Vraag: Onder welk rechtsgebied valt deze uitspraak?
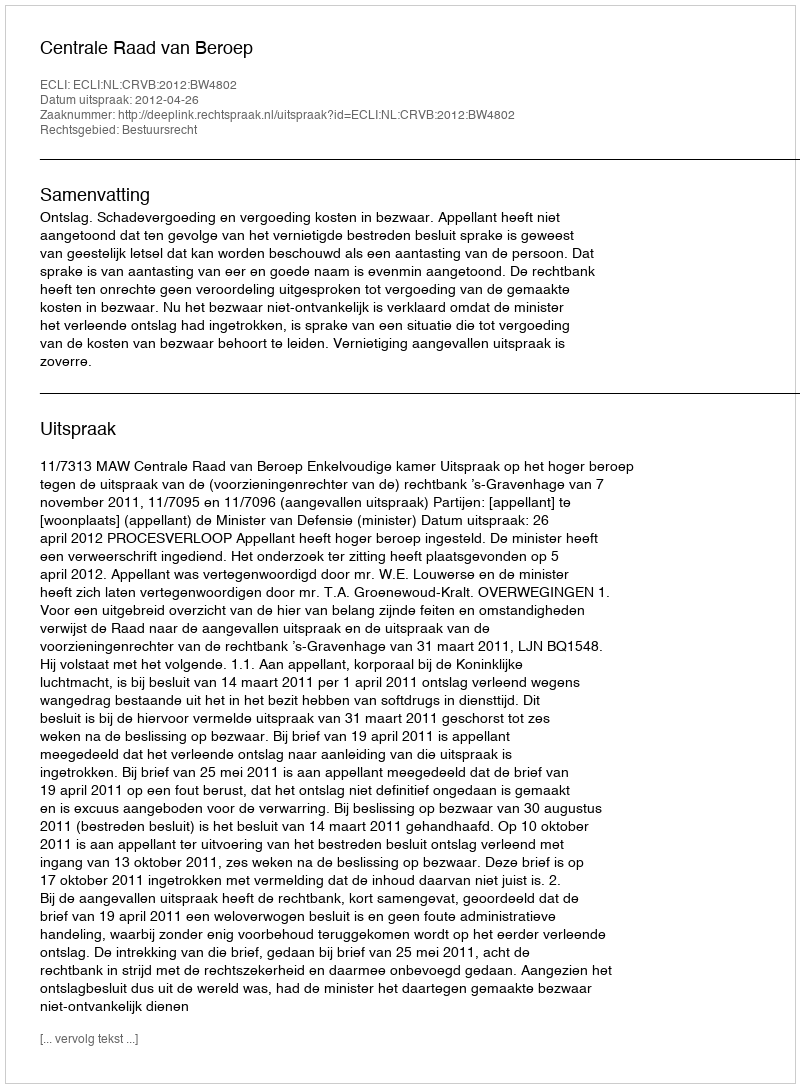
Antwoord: Bestuursrecht